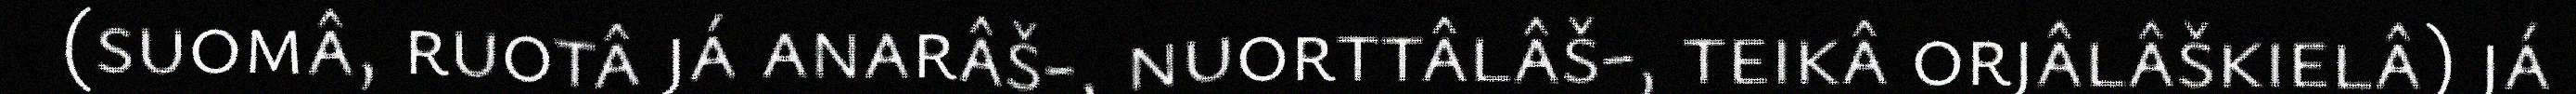
(suomâ, ruotâ já anarâš-, nuorttâlâš-, teikâ orjâlâškielâ) já